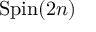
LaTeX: \operatorname { S p i n } ( 2 n )